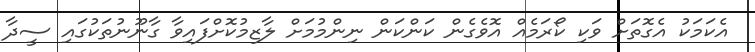
އެކަމަކު އެގޮތަށް ވަކި ކޯރަމެއް އޮވެގެން ކަންކަން ނިންމުމަށް ލާޒިމުކޮށްފައިވާ ގާނޫނުތަކުގައި ސީދާ